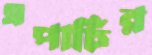
এপার্চির